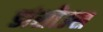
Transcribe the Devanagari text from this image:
डांसीउस